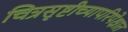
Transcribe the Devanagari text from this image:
चित्रसृष्टीच्यापरिपेक्षात